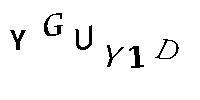
YGUY1D